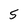
Character: 5